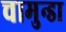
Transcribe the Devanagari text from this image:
चामुन्डा